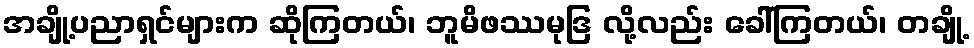
အချို့ပညာရှင်များက ဆိုကြတယ်၊ ဘူမိဖဿမုဒြ လို့လည်း ခေါ်ကြတယ်၊ တချို့